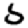
Digit: 5